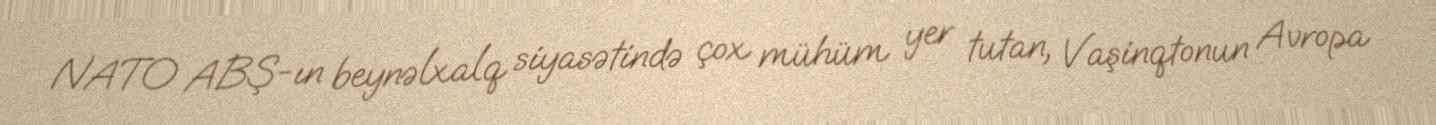
NATO ABŞ-ın beynəlxalq siyasətində çox mühüm yer tutan, Vaşinqtonun Avropa